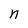
Character: n